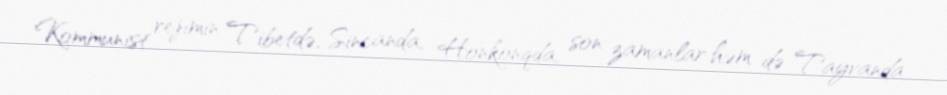
Kommunist rejimin Tibetdə, Sincanda, Honkonqda, son zamanlar həm də Tayvanda